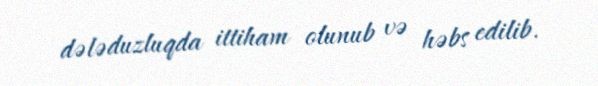
dələduzluqda ittiham olunub və həbs edilib.